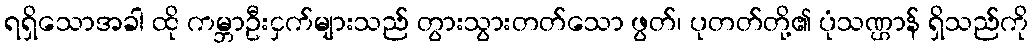
ရရှိသောအခါ ထို ကမ္ဘာဦးငှက်များသည် တွားသွားတတ်သော ဖွတ်၊ ပုတတ်တို့၏ ပုံသဏ္ဌာန် ရှိသည်ကို